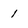
Character: 1